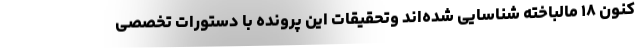
کنون ۱۸ مالباخته شناسایی شده‌اند وتحقیقات این پرونده با دستورات تخصصی